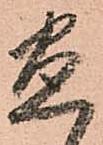
盡